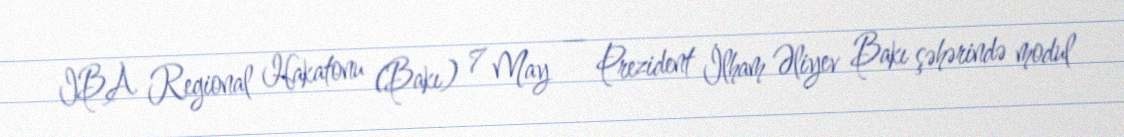
IBA Regional Hakatonu (Bakı) 7 May — Prezident İlham Əliyev Bakı şəhərində modul